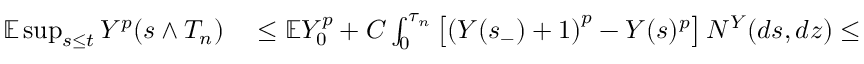
\begin{array} { r l } { \mathbb { E } \operatorname* { s u p } _ { s \leq t } Y ^ { p } ( s \wedge T _ { n } ) } & { { } \leq \mathbb { E } Y _ { 0 } ^ { p } + C \int _ { 0 } ^ { \tau _ { n } } \left[ \left( Y ( s _ { - } ) + 1 \right) ^ { p } - Y ( s ) ^ { p } \right] N ^ { Y } ( d s , d z ) \leq } \end{array}